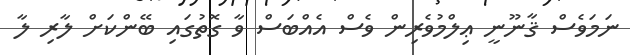
ނަމަވެސް ޤާނޫނީ ޢިލްމުވެރިން ވެސް އެއްބަސް ވާ ގޮތުގައި ބޭންކަށް ލާރި ލާ